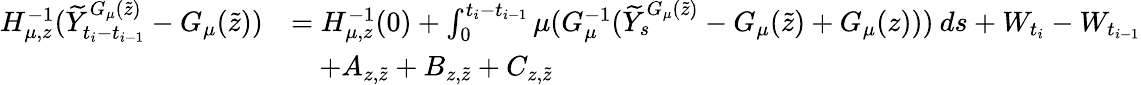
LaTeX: \begin{array}{rl}{H_{\mu,z}^{-1}(\widetilde{Y}_{t_{i}-t_{i-1}}^{G_{\mu}(\tilde{z})}-G_{\mu}(\tilde{z}))}&{=H_{\mu,z}^{-1}(0)+\int_{0}^{t_{i}-t_{i-1}}\mu(G_{\mu}^{-1}(\widetilde{Y}_{s}^{G_{\mu}(\tilde{z})}-G_{\mu}(\tilde{z})+G_{\mu}(z)))\: ds+W_{t_{i}}-W_{t_{i-1}}}\\ &{\quad+A_{z,\tilde{z}}+B_{z,\tilde{z}}+C_{z,\tilde{z}}}\end{array}